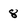
Character: 8